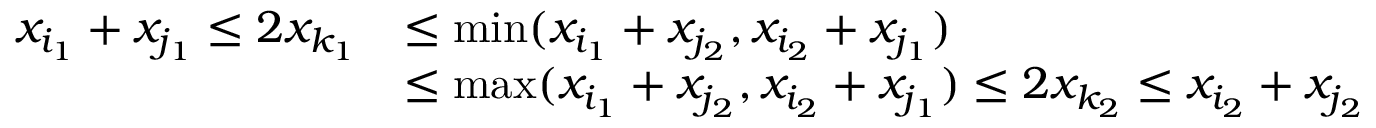
\begin{array} { r l } { x _ { i _ { 1 } } + x _ { j _ { 1 } } \leq 2 x _ { k _ { 1 } } } & { \leq \operatorname* { m i n } ( x _ { i _ { 1 } } + x _ { j _ { 2 } } , x _ { i _ { 2 } } + x _ { j _ { 1 } } ) } \\ & { \leq \operatorname* { m a x } ( x _ { i _ { 1 } } + x _ { j _ { 2 } } , x _ { i _ { 2 } } + x _ { j _ { 1 } } ) \leq 2 x _ { k _ { 2 } } \leq x _ { i _ { 2 } } + x _ { j _ { 2 } } } \end{array}